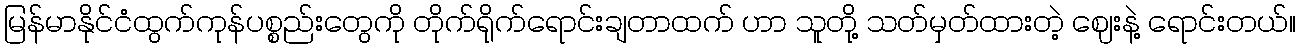
မြန်မာနိုင်ငံထွက်ကုန်ပစ္စည်းတွေကို တိုက်ရိုက်ရောင်းချတာထက် ဟာ သူတို့ သတ်မှတ်ထားတဲ့ ဈေးနဲ့ ရောင်းတယ်။